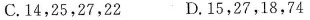
C. 14，25，27，22 D. 15，27，18，74